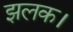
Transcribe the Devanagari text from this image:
झलक।